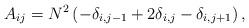
LaTeX: \begin{align*}A_{ij} = N^2 \left(- \delta_{i, j-1} + 2 \delta_{i,j} - \delta_{i, j+1}\right),\end{align*}